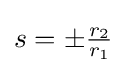
s=\pm {\tfrac {r_{2}}{r_{1}}}